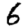
Digit: 6